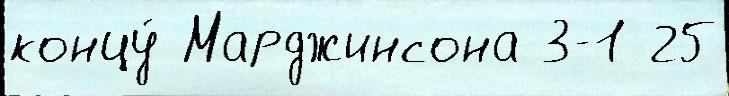
концу́ Марджинсона 3-1 25